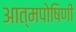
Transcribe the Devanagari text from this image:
आत्मपोषिणी